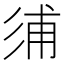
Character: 𢒏